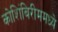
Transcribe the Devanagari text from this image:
कोशिंबिरीममध्ये